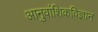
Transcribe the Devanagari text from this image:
आनुवांशिकविज्ञान